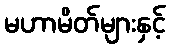
မဟာမိတ်များနှင့်